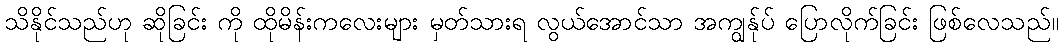
သိနိုင်သည်ဟု ဆိုခြင်း ကို ထိုမိန်းကလေးများ မှတ်သားရ လွယ်အောင်သာ အကျွန်ုပ် ပြောလိုက်ခြင်း ဖြစ်လေသည်။